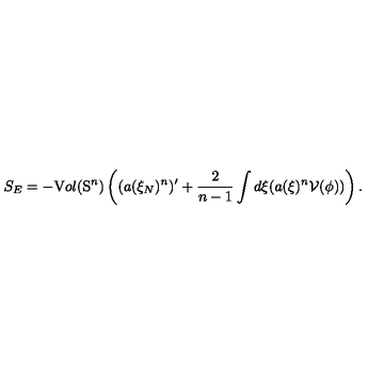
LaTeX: S _ { E } = - { \textnormal V o l } ( \mathrm { S } ^ { n } ) \left( ( a ( \xi _ { N } ) ^ { n } ) ^ { \prime } + \frac { 2 } { n - 1 } \int d \xi ( a ( \xi ) ^ { n } { \cal V } ( \phi ) ) \right) .